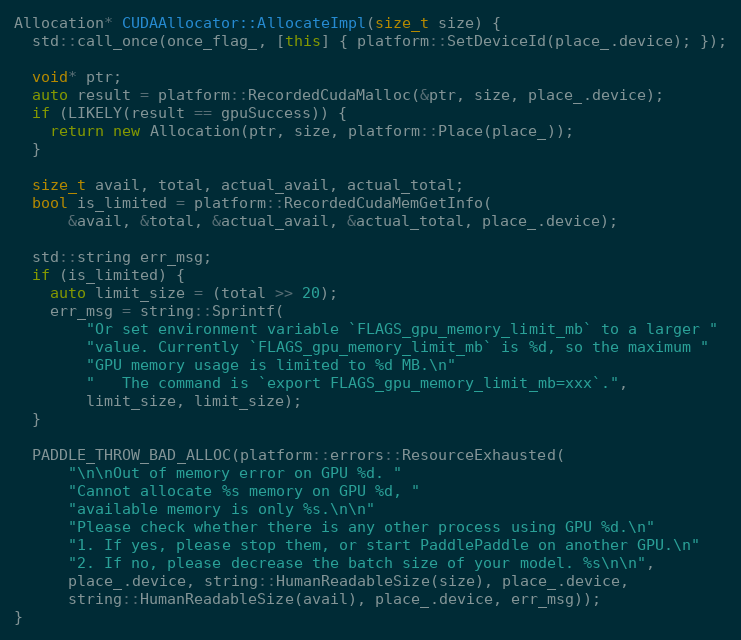
Language: C++
Allocation* CUDAAllocator::AllocateImpl(size_t size) {
  std::call_once(once_flag_, [this] { platform::SetDeviceId(place_.device); });

  void* ptr;
  auto result = platform::RecordedCudaMalloc(&ptr, size, place_.device);
  if (LIKELY(result == gpuSuccess)) {
    return new Allocation(ptr, size, platform::Place(place_));
  }

  size_t avail, total, actual_avail, actual_total;
  bool is_limited = platform::RecordedCudaMemGetInfo(
      &avail, &total, &actual_avail, &actual_total, place_.device);

  std::string err_msg;
  if (is_limited) {
    auto limit_size = (total >> 20);
    err_msg = string::Sprintf(
        "Or set environment variable `FLAGS_gpu_memory_limit_mb` to a larger "
        "value. Currently `FLAGS_gpu_memory_limit_mb` is %d, so the maximum "
        "GPU memory usage is limited to %d MB.\n"
        "   The command is `export FLAGS_gpu_memory_limit_mb=xxx`.",
        limit_size, limit_size);
  }

  PADDLE_THROW_BAD_ALLOC(platform::errors::ResourceExhausted(
      "\n\nOut of memory error on GPU %d. "
      "Cannot allocate %s memory on GPU %d, "
      "available memory is only %s.\n\n"
      "Please check whether there is any other process using GPU %d.\n"
      "1. If yes, please stop them, or start PaddlePaddle on another GPU.\n"
      "2. If no, please decrease the batch size of your model. %s\n\n",
      place_.device, string::HumanReadableSize(size), place_.device,
      string::HumanReadableSize(avail), place_.device, err_msg));
}